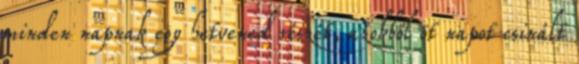
minden napnak egy hetvened részét, azokból öt napot csinált